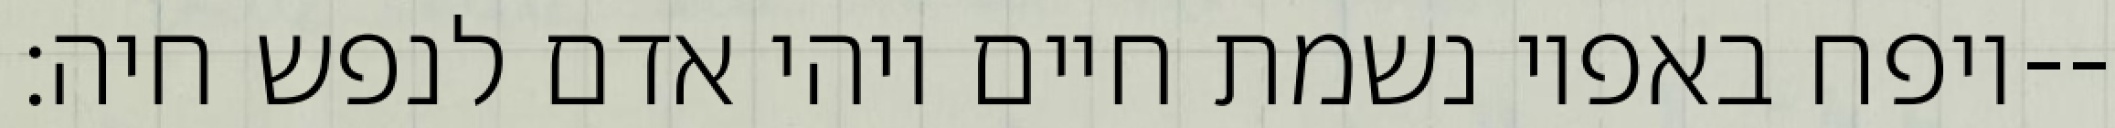
ויפח באפיו נשמת חיים ויהי אדם לנפש חיה׃--